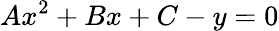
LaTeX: Ax^{2}+Bx+C-y=0